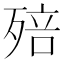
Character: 殕